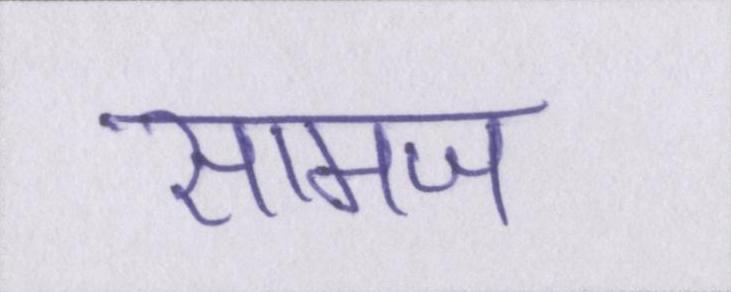
सामज